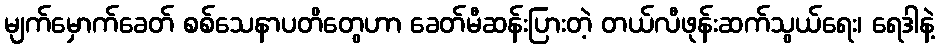
မျက်မှောက်ခေတ် စစ်သေနာပတိတွေဟာ ခေတ်မီဆန်းပြားတဲ့ တယ်လီဖုန်းဆက်သွယ်ရေး၊ ရေဒါနဲ့